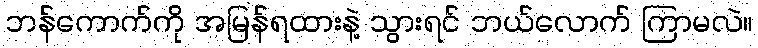
ဘန်ကောက်ကို အမြန်ရထားနဲ့ သွားရင် ဘယ်လောက် ကြာမလဲ။